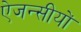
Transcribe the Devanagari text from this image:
ऐजन्सीयों